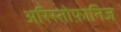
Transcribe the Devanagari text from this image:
अरिस्तोफ़ानिज